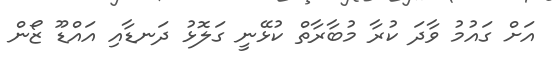
އަށް ގައުމު ވާދަ ކުރާ މުބާރާތް ކުޅޭނީ ގަލޮޅު ދަނޑާއި އައްޑޫ ޒޯން